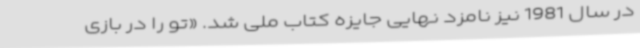
در سال 1981 نیز نامزد نهایی جایزه‌ کتاب ملی شد. «تو را ‌در ‌بازی‌